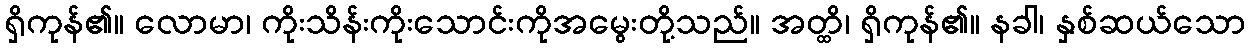
ရှိကုန်၏။ လောမာ၊ ကိုးသိန်းကိုးသောင်းကိုအမွေးတို့သည်။ အတ္ထိ၊ ရှိကုန်၏။ နခါ၊ နှစ်ဆယ်သော